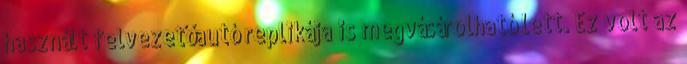
használt felvezetőautó replikája is megvásárolható lett. Ez volt az